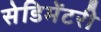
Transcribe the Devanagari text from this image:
सेडिमेंटरी